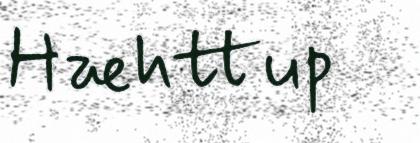
Hæhttup